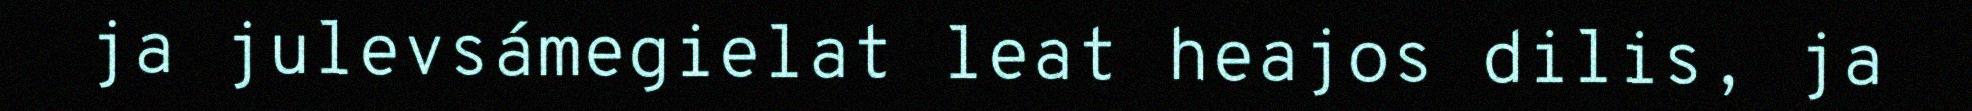
ja julevsámegielat leat heajos dilis, ja